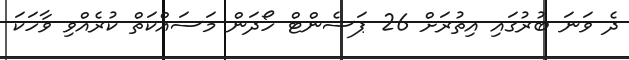
ދެ ވަނަ ބުރުގައި އިތުރަށް 26 ޕަސެންޓް ހޯދަން މަސައްކަތް ކުރެއްވި ވާހަކަ